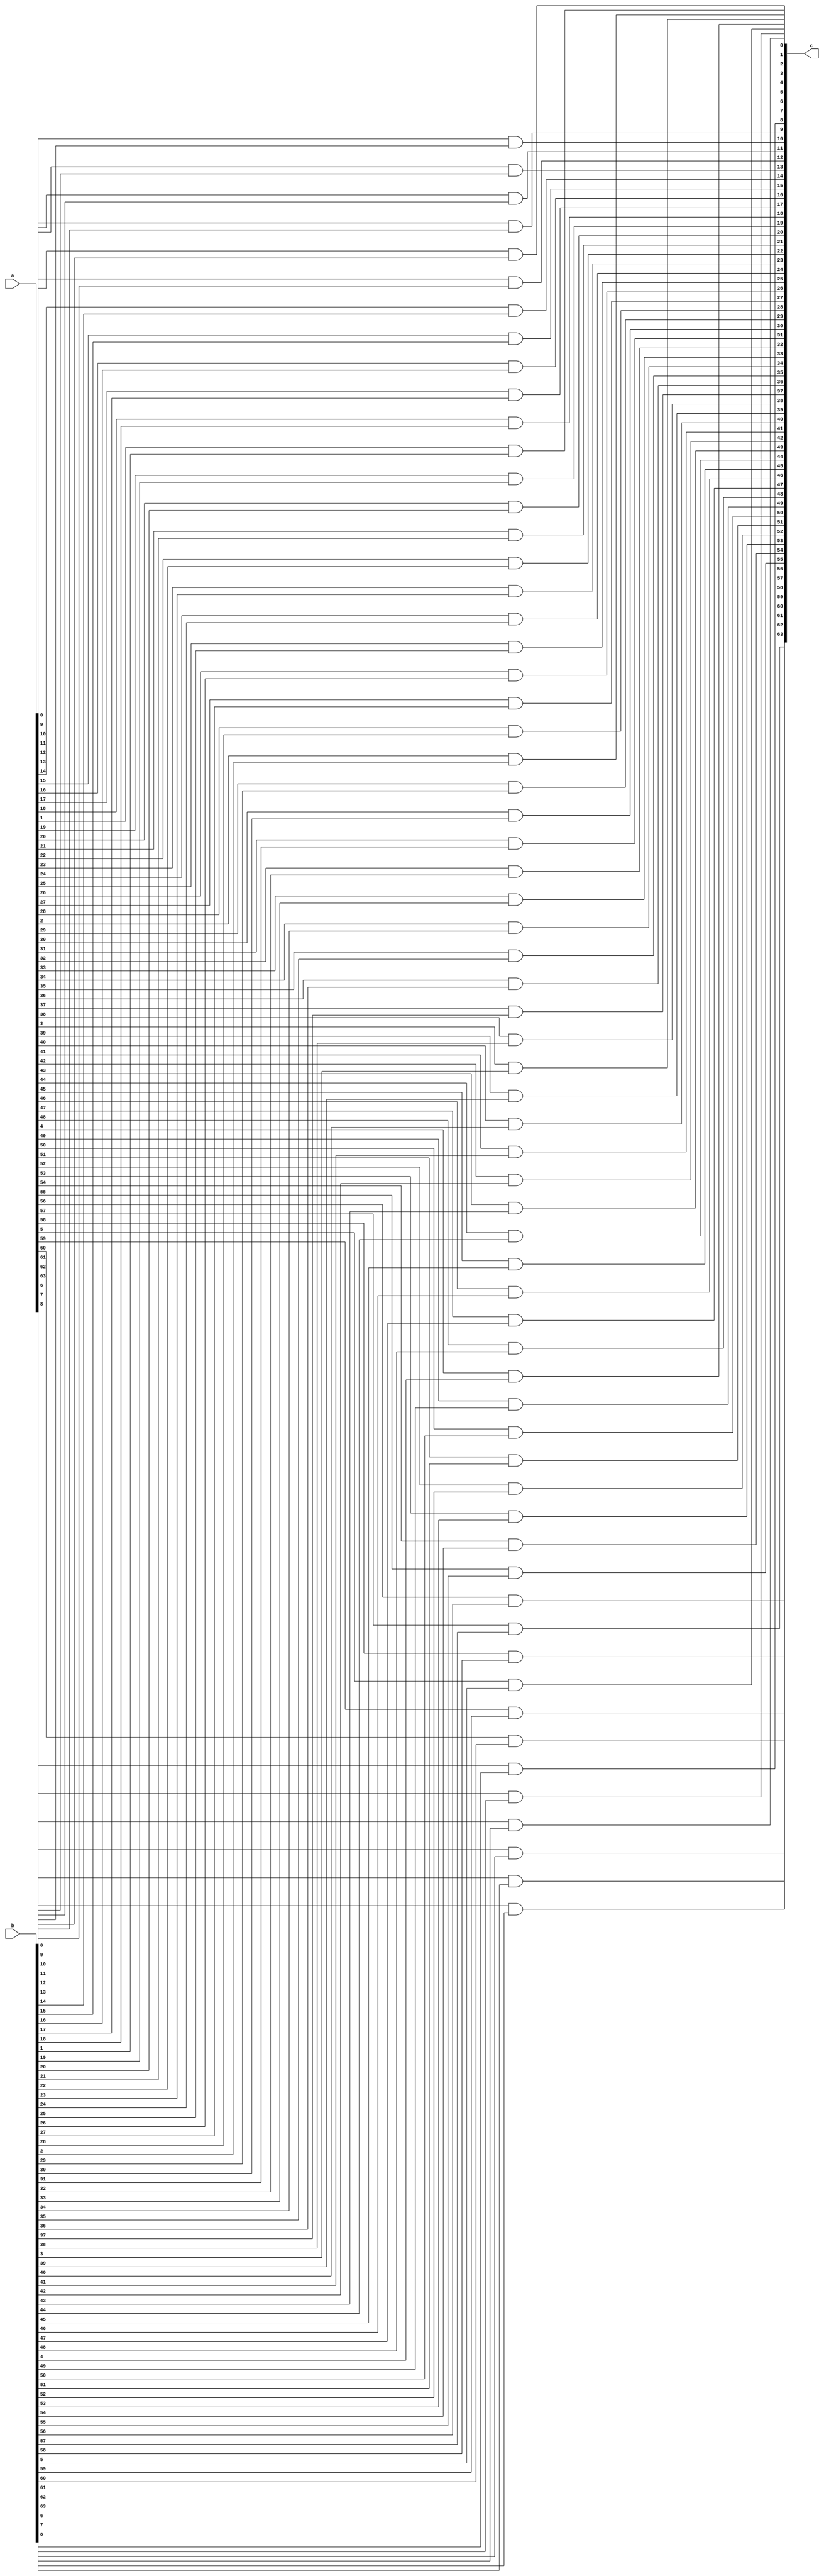
module and_64bit(a, b, c);

input [63:0] a, b;
output [63:0] c;
genvar i;

generate
    for(i = 0; i < 64; i = i+1)
        begin
            and a1(c[i], a[i], b[i]);
        end
endgenerate

endmodule